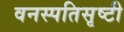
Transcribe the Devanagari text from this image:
वनस्पतिसृष्टी